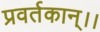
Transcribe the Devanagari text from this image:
प्रवर्तकान्।।